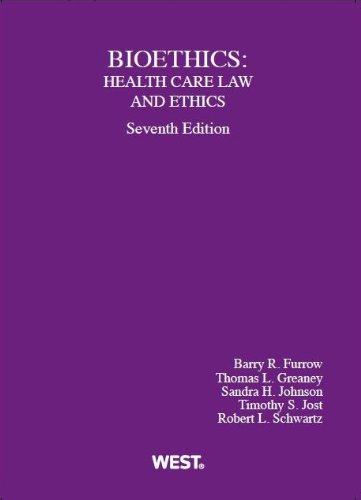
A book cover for Bioethics: Health Care Law and Ethics (American Casebook Series); Barry Furrow; Law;